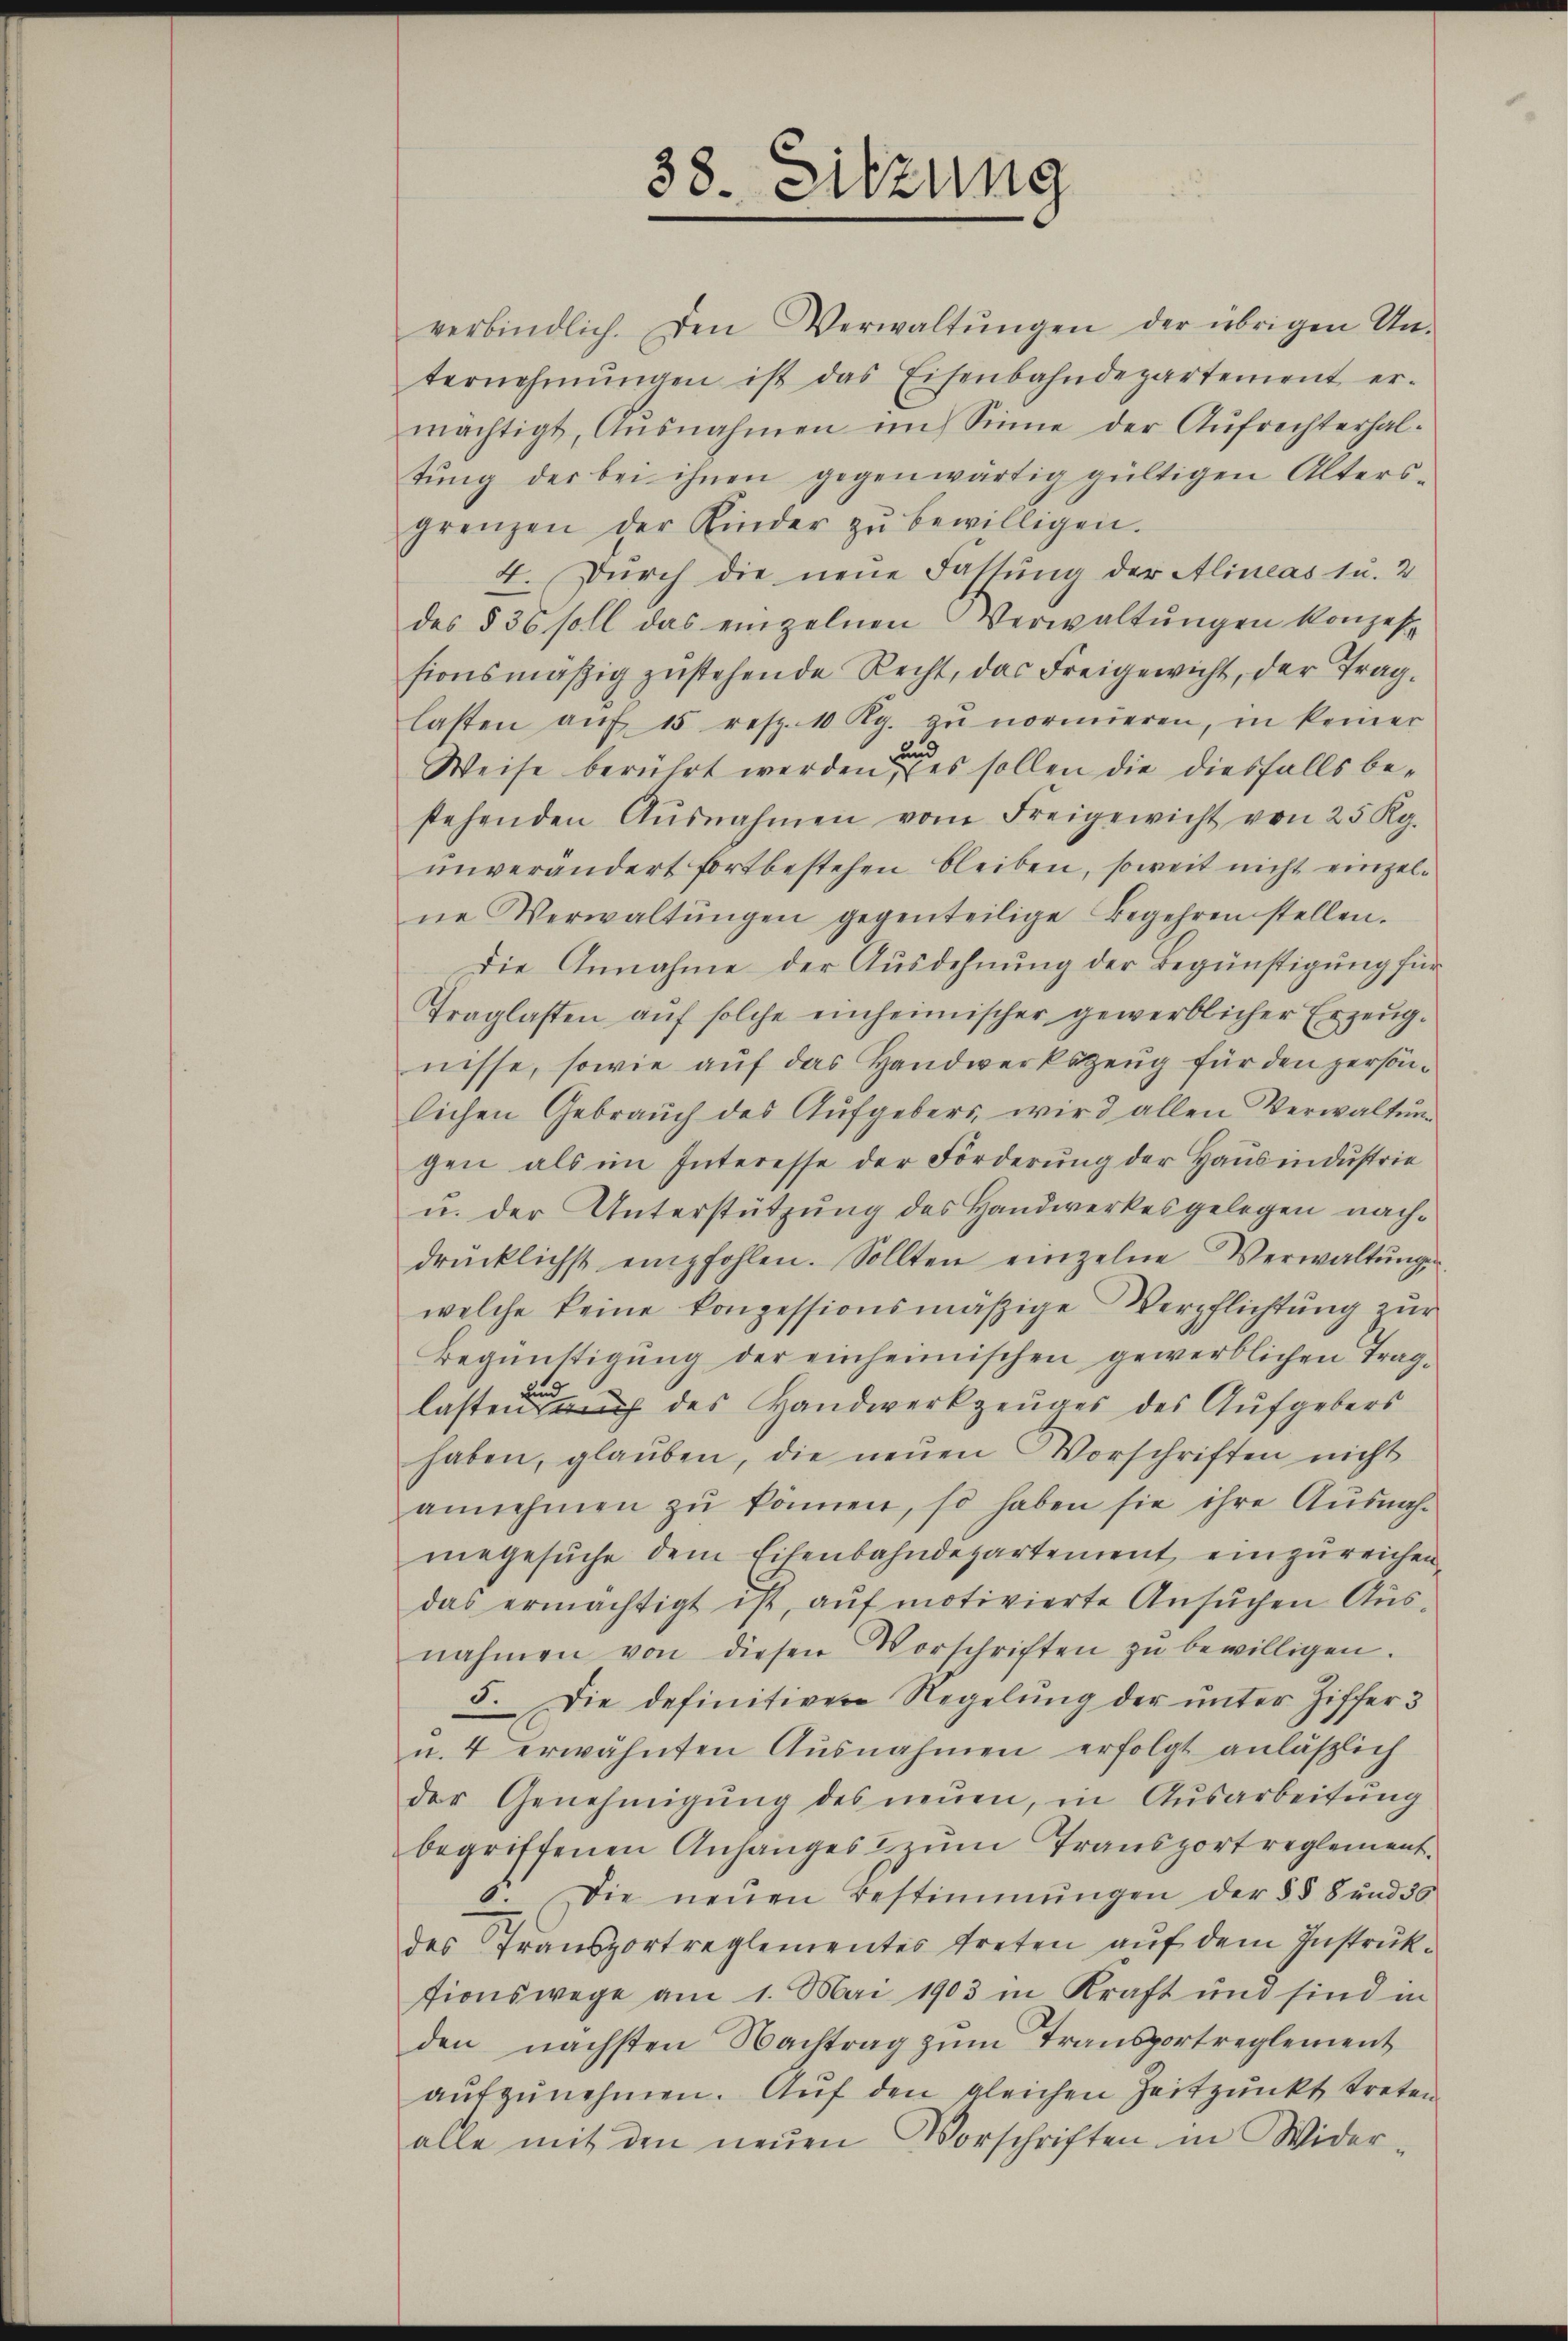
38. Sitzung

verbindlich. Den Verwaltŭngen der übrigen Un-
ternehmungen ist das Eisenbahndepartement er-
mächtigt, Ausnahmen im Sinne der Aŭfrechterhal-
tŭng der bei ihnen gegenwärtig gültigen Alters-
grenzen der Kinder zŭ bewilligen.
4. Durch die neue Fassung der Alineas u. 2
des § 36 soll das einzelnen Verwaltungen konzes
sionsmäßig zustehende Recht, das Freigewicht, der Traglasten aŭf 15 resp. 10 Rp. zŭ normieren, in keiner
Weise berührt werden, es sollen die diesfalls bestehenden Ausnahmen vom Freigewicht von 25 Kg.
unverändert fortbestehen bleiben, soweit nicht einzelne Verwaltŭngen gegenteilige Begehren stellen.
Die Annahme der Ausdehnung der Begünstigung für
Traglasten aŭf solche einheimischer gewerblicher Erzeugnisse, sowie auf das Handwerkszeug für den persönlichen Gebrauch des Aŭfgebers wird allen Verwaltŭng
gen als im Interesse der Forderung der Haus industrie
u. der Unterstützung des Handwerkes gelegen nachdrücklichst empfohlen. Sollten einzelne Verwaltŭngs-
welche keine konzessionsmäßige Verpflichtŭng zŭr
Begünstigŭng der einheimischen gewerblichen Traglasten auch des Handwerkzeuges des Aufgebers
haben, glauben, die neuen Vorschriften nicht
annehmen zŭ können, so haben sie ihre Ausnah-
negesuche dem Eisenbahndepartement, einzureichen,
das ermächtigt ist, auf motivierte Ansuchen Ausnahmen von diesen Vorschriften zŭ bewilligen.
3. Die definitiven Regelung der unter Ziffer 3
u. 4 erwähnten Ausnahmen erfolgt anläβlich
der Genehmigŭng des neŭen, in Ausarbeitung
begriffenen Anhanges zŭm Transport reglement.
0. Die neŭen Bestimmungen der §§ 8 und 36
des Transportreglementes treten auf dem Instruktionswege am 1. Mai 1903 in Kraft und sind in
den nächsten Nachtrag zum Transportreglement
aŭfzŭnehmen. Aŭf den gleichen Zeitpunkt treten
alle mit den neŭen Vorschriften in Wider-